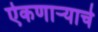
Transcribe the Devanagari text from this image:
ऐकणाऱ्याचे